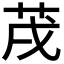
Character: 𦮠